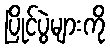
ပြိုင်ပွဲများကို